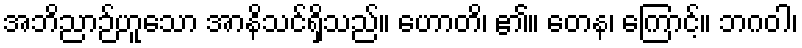
အဘိညာဉ်ဟူသော အာနိသင်ရှိသည်။ ဟောတိ၊ ၏။ တေန၊ ကြောင့်။ ဘဂဝါ၊